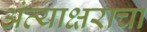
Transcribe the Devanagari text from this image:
अंत्याक्षराचा